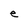
Character: e